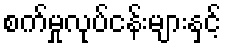
စက်မှုလုပ်ငန်းများနှင့်